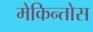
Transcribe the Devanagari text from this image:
मेकिन्तोस